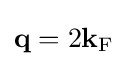
{\textstyle \mathbf {q} =2\mathbf {k} _{\rm {F}}}